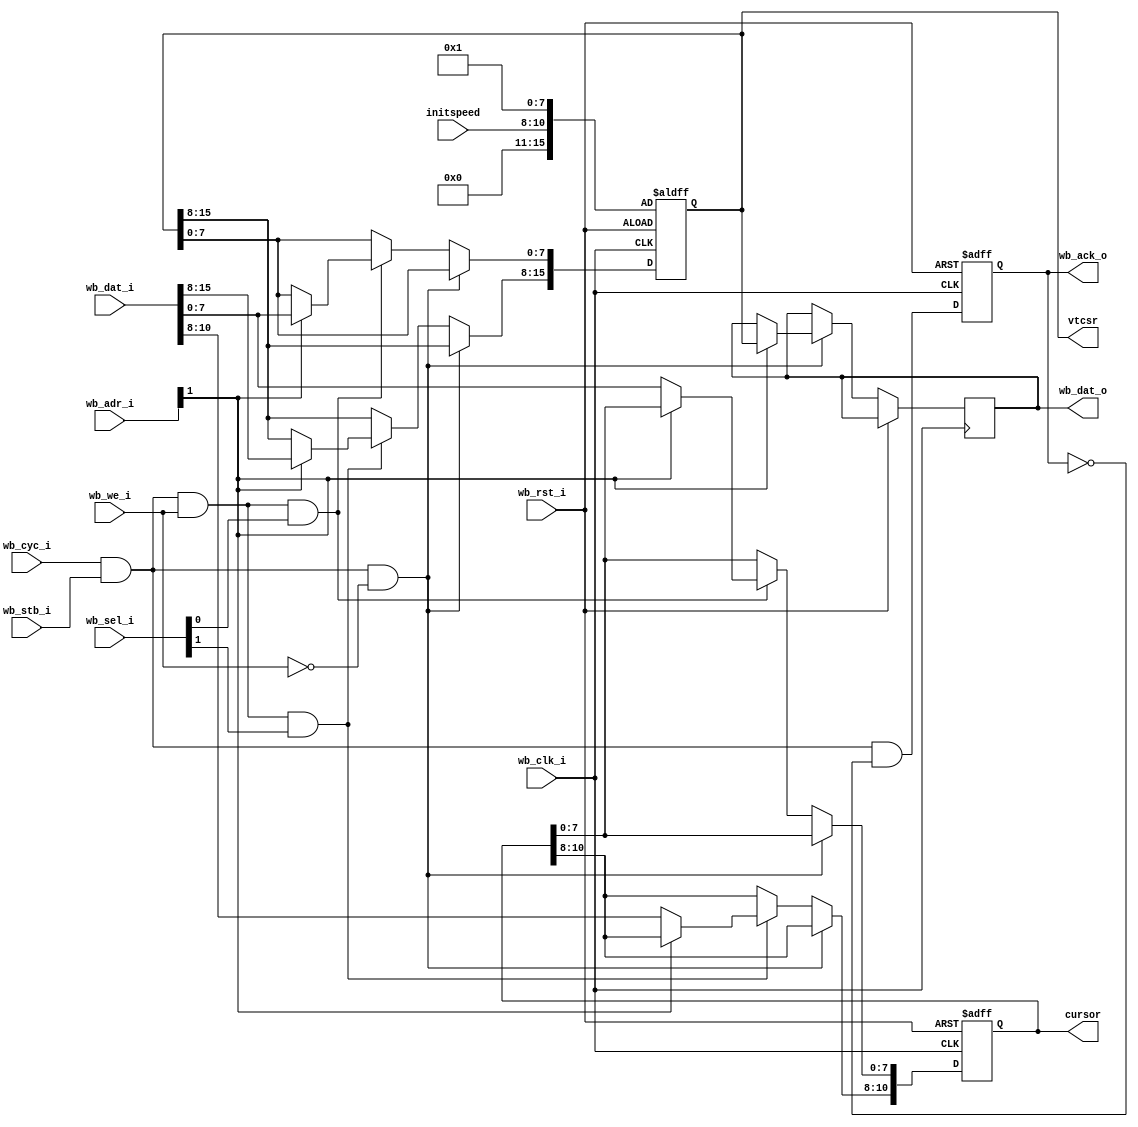
//***************************************************
//*    
//*************************************************
module vregs 
 #(parameter SPEED=19200) //     
(
//  wishbone
   input                  wb_clk_i,   //   
   input                  wb_rst_i,   // 
   input    [15:0]        wb_adr_i,   //  
   input    [15:0]        wb_dat_i,   //  
   output reg [15:0]      wb_dat_o,   //  
   input                  wb_cyc_i,   //   
   input                  wb_we_i,    //   (0 - )
   input                  wb_stb_i,   //   
   input    [1:0]         wb_sel_i,   //      - ,   
   output reg             wb_ack_o,   //   
   
   input  [2:0]          initspeed,   //     -    
//  
   output reg [10:0]     cursor,      //   , base+0
   output reg [15:0]     vtcsr        //  ,    base+2
);
//-----------------------------------------------------------------------------------------------------
//  base+0    ,         
//-----------------------------------------------------------------------------------------------------
//  base+2      VTCSR:
//  
//   D0: 0 -  , 1 -   
//   D1: 
//   D2: 0 -  , 1 - 
//   D3:  : 0 - , 1 - 
//   D4: 1 -  
//   D5:     (0 -  , 1 - )
//
//   D8..D10:  :
//            000 - 1200
//            001 - 2400
//            010 - 4800
//            011 - 9600
//            100 - 19200
//            101 - 38400
//            110 - 57600
//            111 - 115200

wire bus_strobe;          //   
wire re;                  //  
wire we;                  //    
wire wo;                  //    

//****************************************   
//     
//****************************************   
//   
assign bus_strobe = wb_cyc_i & wb_stb_i;         
// 
assign re = bus_strobe & ~wb_we_i; 
//   
assign we = bus_strobe & wb_we_i & wb_sel_i[0];
//   
assign wo = bus_strobe & wb_we_i & wb_sel_i[1];
//        
wire reply=wb_cyc_i & wb_stb_i & ~wb_ack_o;
//   
always @(posedge wb_clk_i or posedge wb_rst_i)
   if (wb_rst_i == 1'b1) wb_ack_o <= 1'b0;
   else wb_ack_o <= reply;

//****************************************   
//*     
//****************************************   
always @(posedge wb_clk_i or posedge wb_rst_i)
   // 
   if (wb_rst_i == 1'b1) begin
       cursor <= {13{1'b0}} ;   //    0
       vtcsr <= {5'b0000, initspeed,8'b00001};  //    online,    
   end   
         
   else begin
       if (re == 1'b1) begin
         //  
           if (wb_adr_i[1])  wb_dat_o <= vtcsr;  //  
          // else wb_dat_o <= {3'b000, cursor} ; //   -   
       end 
       else begin
       //  
          if (wo == 1'b1)   
          //   
                if (wb_adr_i[1] == 0) cursor[10:8] <= wb_dat_i[10:8] ;  //  
                else vtcsr[15:8] <= wb_dat_i[15:8];  //   
               
          if (we == 1'b1)  
             //    
               if (wb_adr_i[1] == 0) cursor[7:0] <= wb_dat_i[7:0] ; //          
               else vtcsr[7:0] <= wb_dat_i[7:0];  //      
             end 
   end 
endmodule